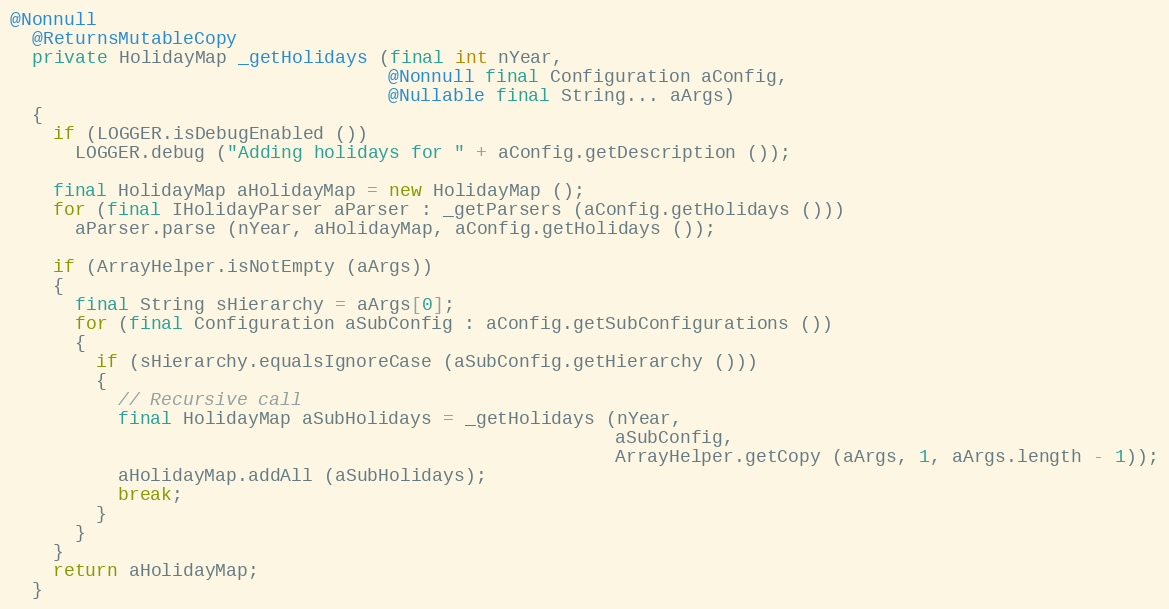
Language: Java
@Nonnull
  @ReturnsMutableCopy
  private HolidayMap _getHolidays (final int nYear,
                                   @Nonnull final Configuration aConfig,
                                   @Nullable final String... aArgs)
  {
    if (LOGGER.isDebugEnabled ())
      LOGGER.debug ("Adding holidays for " + aConfig.getDescription ());

    final HolidayMap aHolidayMap = new HolidayMap ();
    for (final IHolidayParser aParser : _getParsers (aConfig.getHolidays ()))
      aParser.parse (nYear, aHolidayMap, aConfig.getHolidays ());

    if (ArrayHelper.isNotEmpty (aArgs))
    {
      final String sHierarchy = aArgs[0];
      for (final Configuration aSubConfig : aConfig.getSubConfigurations ())
      {
        if (sHierarchy.equalsIgnoreCase (aSubConfig.getHierarchy ()))
        {
          // Recursive call
          final HolidayMap aSubHolidays = _getHolidays (nYear,
                                                        aSubConfig,
                                                        ArrayHelper.getCopy (aArgs, 1, aArgs.length - 1));
          aHolidayMap.addAll (aSubHolidays);
          break;
        }
      }
    }
    return aHolidayMap;
  }